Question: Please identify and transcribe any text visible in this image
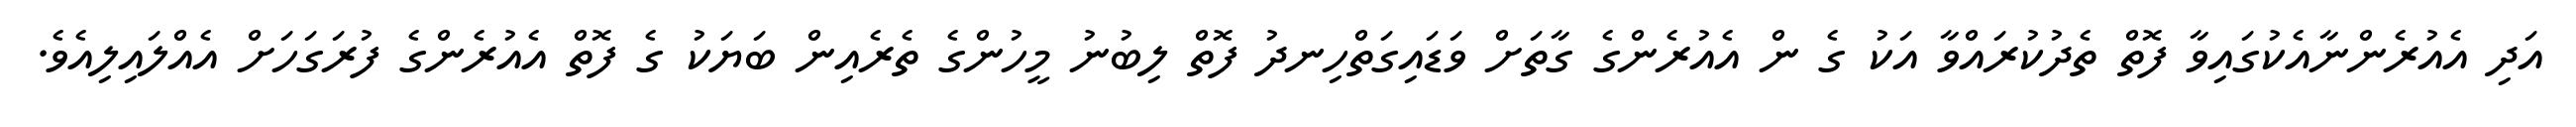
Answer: އަދި އެއުރެންނާއެކުގައިވާ ފޮތް ތެދުކުރައްވާ އަކު ގެ ން އެއުރެންގެ ގާތަށް ވަޑައިގަތްހިނދު ފޮތް ލިބުނު މީހުންގެ ތެރެއިން ބަޔަކު ގެ ފޮތް އެއުރެންގެ ފުރަގަހަށް އެއްލައިލިއެވެ.